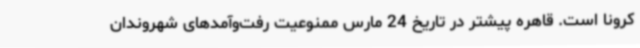
کرونا است. قاهره پیشتر در تاریخ 24 مارس ممنوعیت رفت‌وآمدهای شهروندان